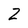
Character: 2